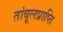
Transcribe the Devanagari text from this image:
तांबूलप्राप्ति